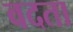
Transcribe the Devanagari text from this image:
वदता